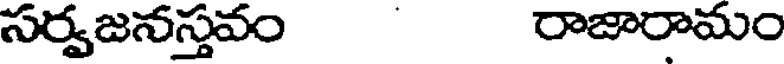
సర్వజనస్తవం రాజారామం